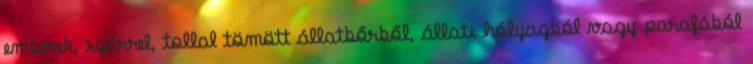
emberek, szőrrel, tollal tömött állatbőrből, állati hólyagból vagy parafából